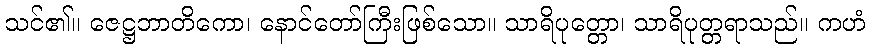
သင်၏။ ဇေဋ္ဌဘာတိကော၊ နောင်တော်ကြီးဖြစ်သော။ သာရိပုတ္တော၊ သာရိပုတ္တရာသည်။ ကဟံ